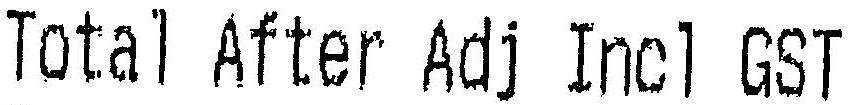
TOTAL AFTER ADJ INCL GST